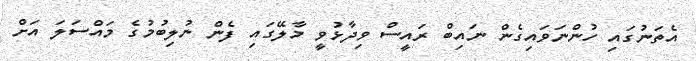
އެތަނުގައި ހުންނަވައިގެން ނައިބް ރައީސް ވިދާޅުވީ މާލޭގައި ފެން ނުލިބުމުގެ މައްސަލަ އަށް